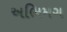
અભિમગ